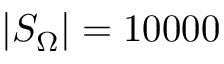
| S _ { \Omega } | = 1 0 0 0 0